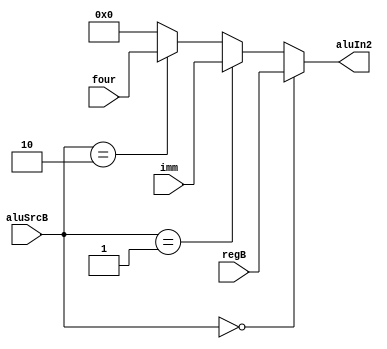
`timescale 1ns / 1ps
//////////////////////////////////////////////////////////////////////////////////
// Company: 
// Engineer: 
// 
// Design Name: 
// Module Name: alu_in_sel_B
// Project Name: 
// Target Devices: 
// Tool Versions: 
// Description: 
// 
// Dependencies: 
// 
// Revision:
// Revision 0.01 - File Created
// Additional Comments:
// 
//////////////////////////////////////////////////////////////////////////////////


module alu_in_sel_B(
    input [31:0] regB, imm, four,
    input [1:0] aluSrcB,
    output [31:0] aluIn2
);


assign aluIn2 = (aluSrcB == 2'b00) ? regB :
                (aluSrcB == 2'b01) ? imm :
                (aluSrcB == 2'b10) ? four :
                32'h0;
endmodule